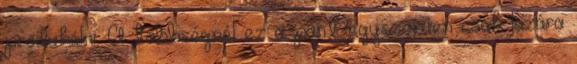
produkálni. A többségnél ez a pánt egyszerűen csak lazára